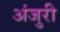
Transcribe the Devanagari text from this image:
अंजुरी